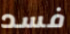
فسد